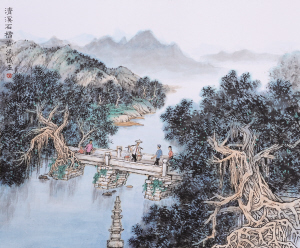
青溪水，流得到红桥。